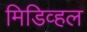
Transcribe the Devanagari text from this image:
मिडिव्हल